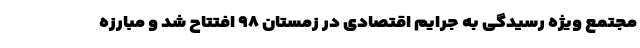
مجتمع ویژه رسیدگی به جرایم اقتصادی در زمستان ۹۸ افتتاح شد و مبارزه